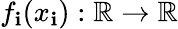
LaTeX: f_{\mathbf{i}}(x_{\mathbf{i}}):\mathbb{{R}}\to\mathbb{{R}}